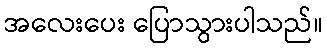
အလေးပေး ပြောသွားပါသည်။